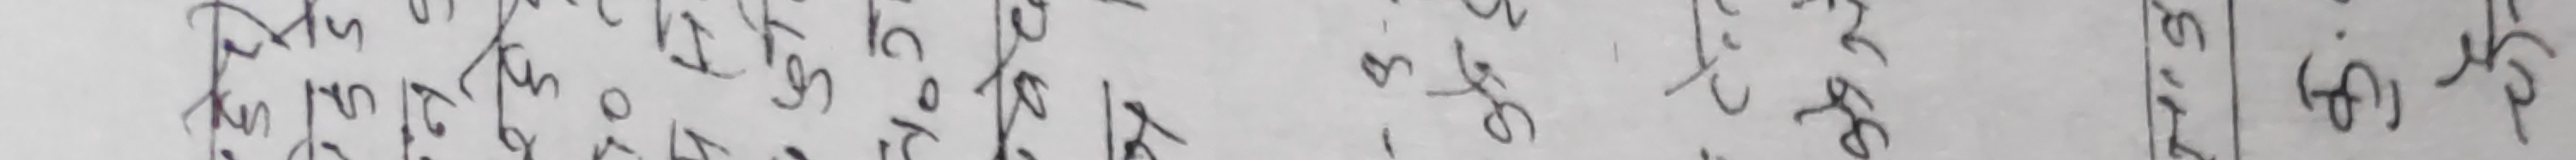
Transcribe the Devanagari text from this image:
छानियेको